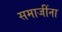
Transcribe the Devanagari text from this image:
समाजींना